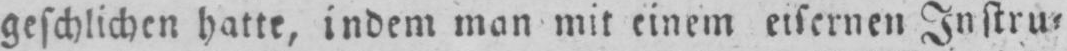
geschlichen hatte, indem man mit einem eisernen Instru⸗